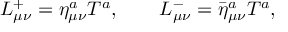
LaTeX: L _ { \mu \nu } ^ { + } = \eta _ { \mu \nu } ^ { a } T ^ { a } , \qquad L _ { \mu \nu } ^ { - } = { \bar { \eta } } _ { \mu \nu } ^ { a } T ^ { a } ,